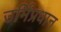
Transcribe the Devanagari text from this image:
उर्मिप्रधान